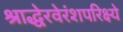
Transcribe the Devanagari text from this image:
श्राद्धेरवेरंशपरिक्ष्ये